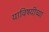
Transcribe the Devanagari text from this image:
याविषयीच्या